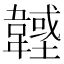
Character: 𩏟